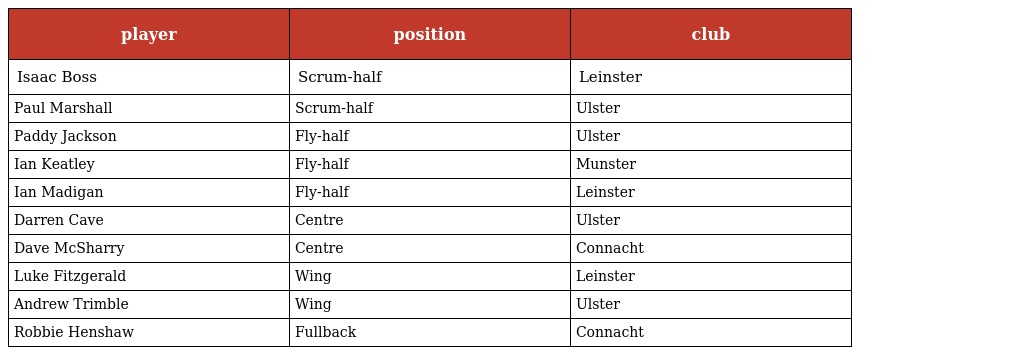
| player | position | club |
 | --- | --- | --- |
 | Isaac Boss | Scrum-half | Leinster |
 | Paul Marshall | Scrum-half | Ulster |
 | Paddy Jackson | Fly-half | Ulster |
 | Ian Keatley | Fly-half | Munster |
 | Ian Madigan | Fly-half | Leinster |
 | Darren Cave | Centre | Ulster |
 | Dave McSharry | Centre | Connacht |
 | Luke Fitzgerald | Wing | Leinster |
 | Andrew Trimble | Wing | Ulster |
 | Robbie Henshaw | Fullback | Connacht |